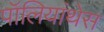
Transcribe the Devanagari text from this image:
पॉलियांथेस